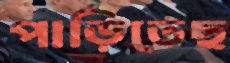
পাড়িতেছ